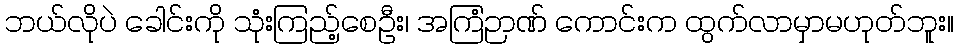
ဘယ်လိုပဲ ခေါင်းကို သုံးကြည့်စေဦး၊ အကြံဉာဏ် ကောင်းက ထွက်လာမှာမဟုတ်ဘူး။